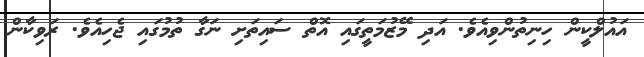
އައުލްކީން ހިނިތުންވިއެވެ. އަދި މޭޒުމަތީގައި އޮތް ސައިތަށި ނަގާ ތުމުގައި ޖެހިއެވެ. ރަވިކާން